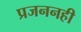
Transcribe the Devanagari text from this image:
प्रजननही